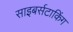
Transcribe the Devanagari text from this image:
साइबर्सटाकिंग